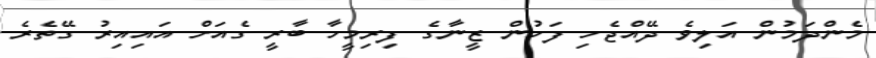
މެންދަމުން އަލިވެ ދޭއްޖެހި ފަހުން ޒީނާގެ ފިރިމީހާ ބާރީ ގެއަށް އައިއިރު ގޭތެރެ